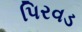
પિરવડ